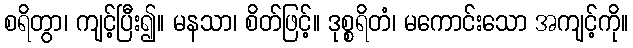
စရိတွာ၊ ကျင့်ပြီး၍။ မနသာ၊ စိတ်ဖြင့်။ ဒုစ္စရိတံ၊ မကောင်းသော အကျင့်ကို။